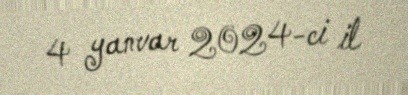
4 yanvar 2024-ci il